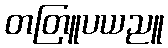
တတြူပယညူ